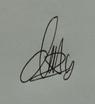
Signature authenticity: genuine